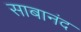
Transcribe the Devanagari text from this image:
साबानंद